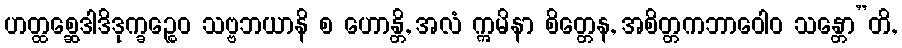
ဟတ္ထစ္ဆေဒါဒိဒုက္ခဉ္စေဝ သဗ္ဗဘယာနိ စ ဟောန္တိ, အလံ ဣမိနာ စိတ္တေန, အစိတ္တကဘာဝေါဝ သန္တော”တိ,